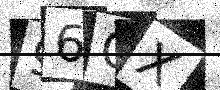
Text: 96OX